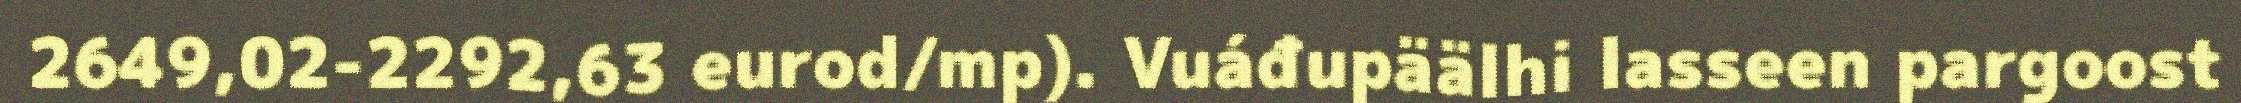
2649,02-2292,63 eurod/mp). Vuáđupäälhi lasseen pargoost